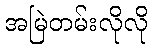
အမြဲတမ်းလိုလို